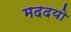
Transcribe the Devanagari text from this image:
मददयो